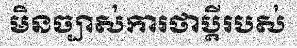
មិនច្បាស់ការថាប្តីរបស់